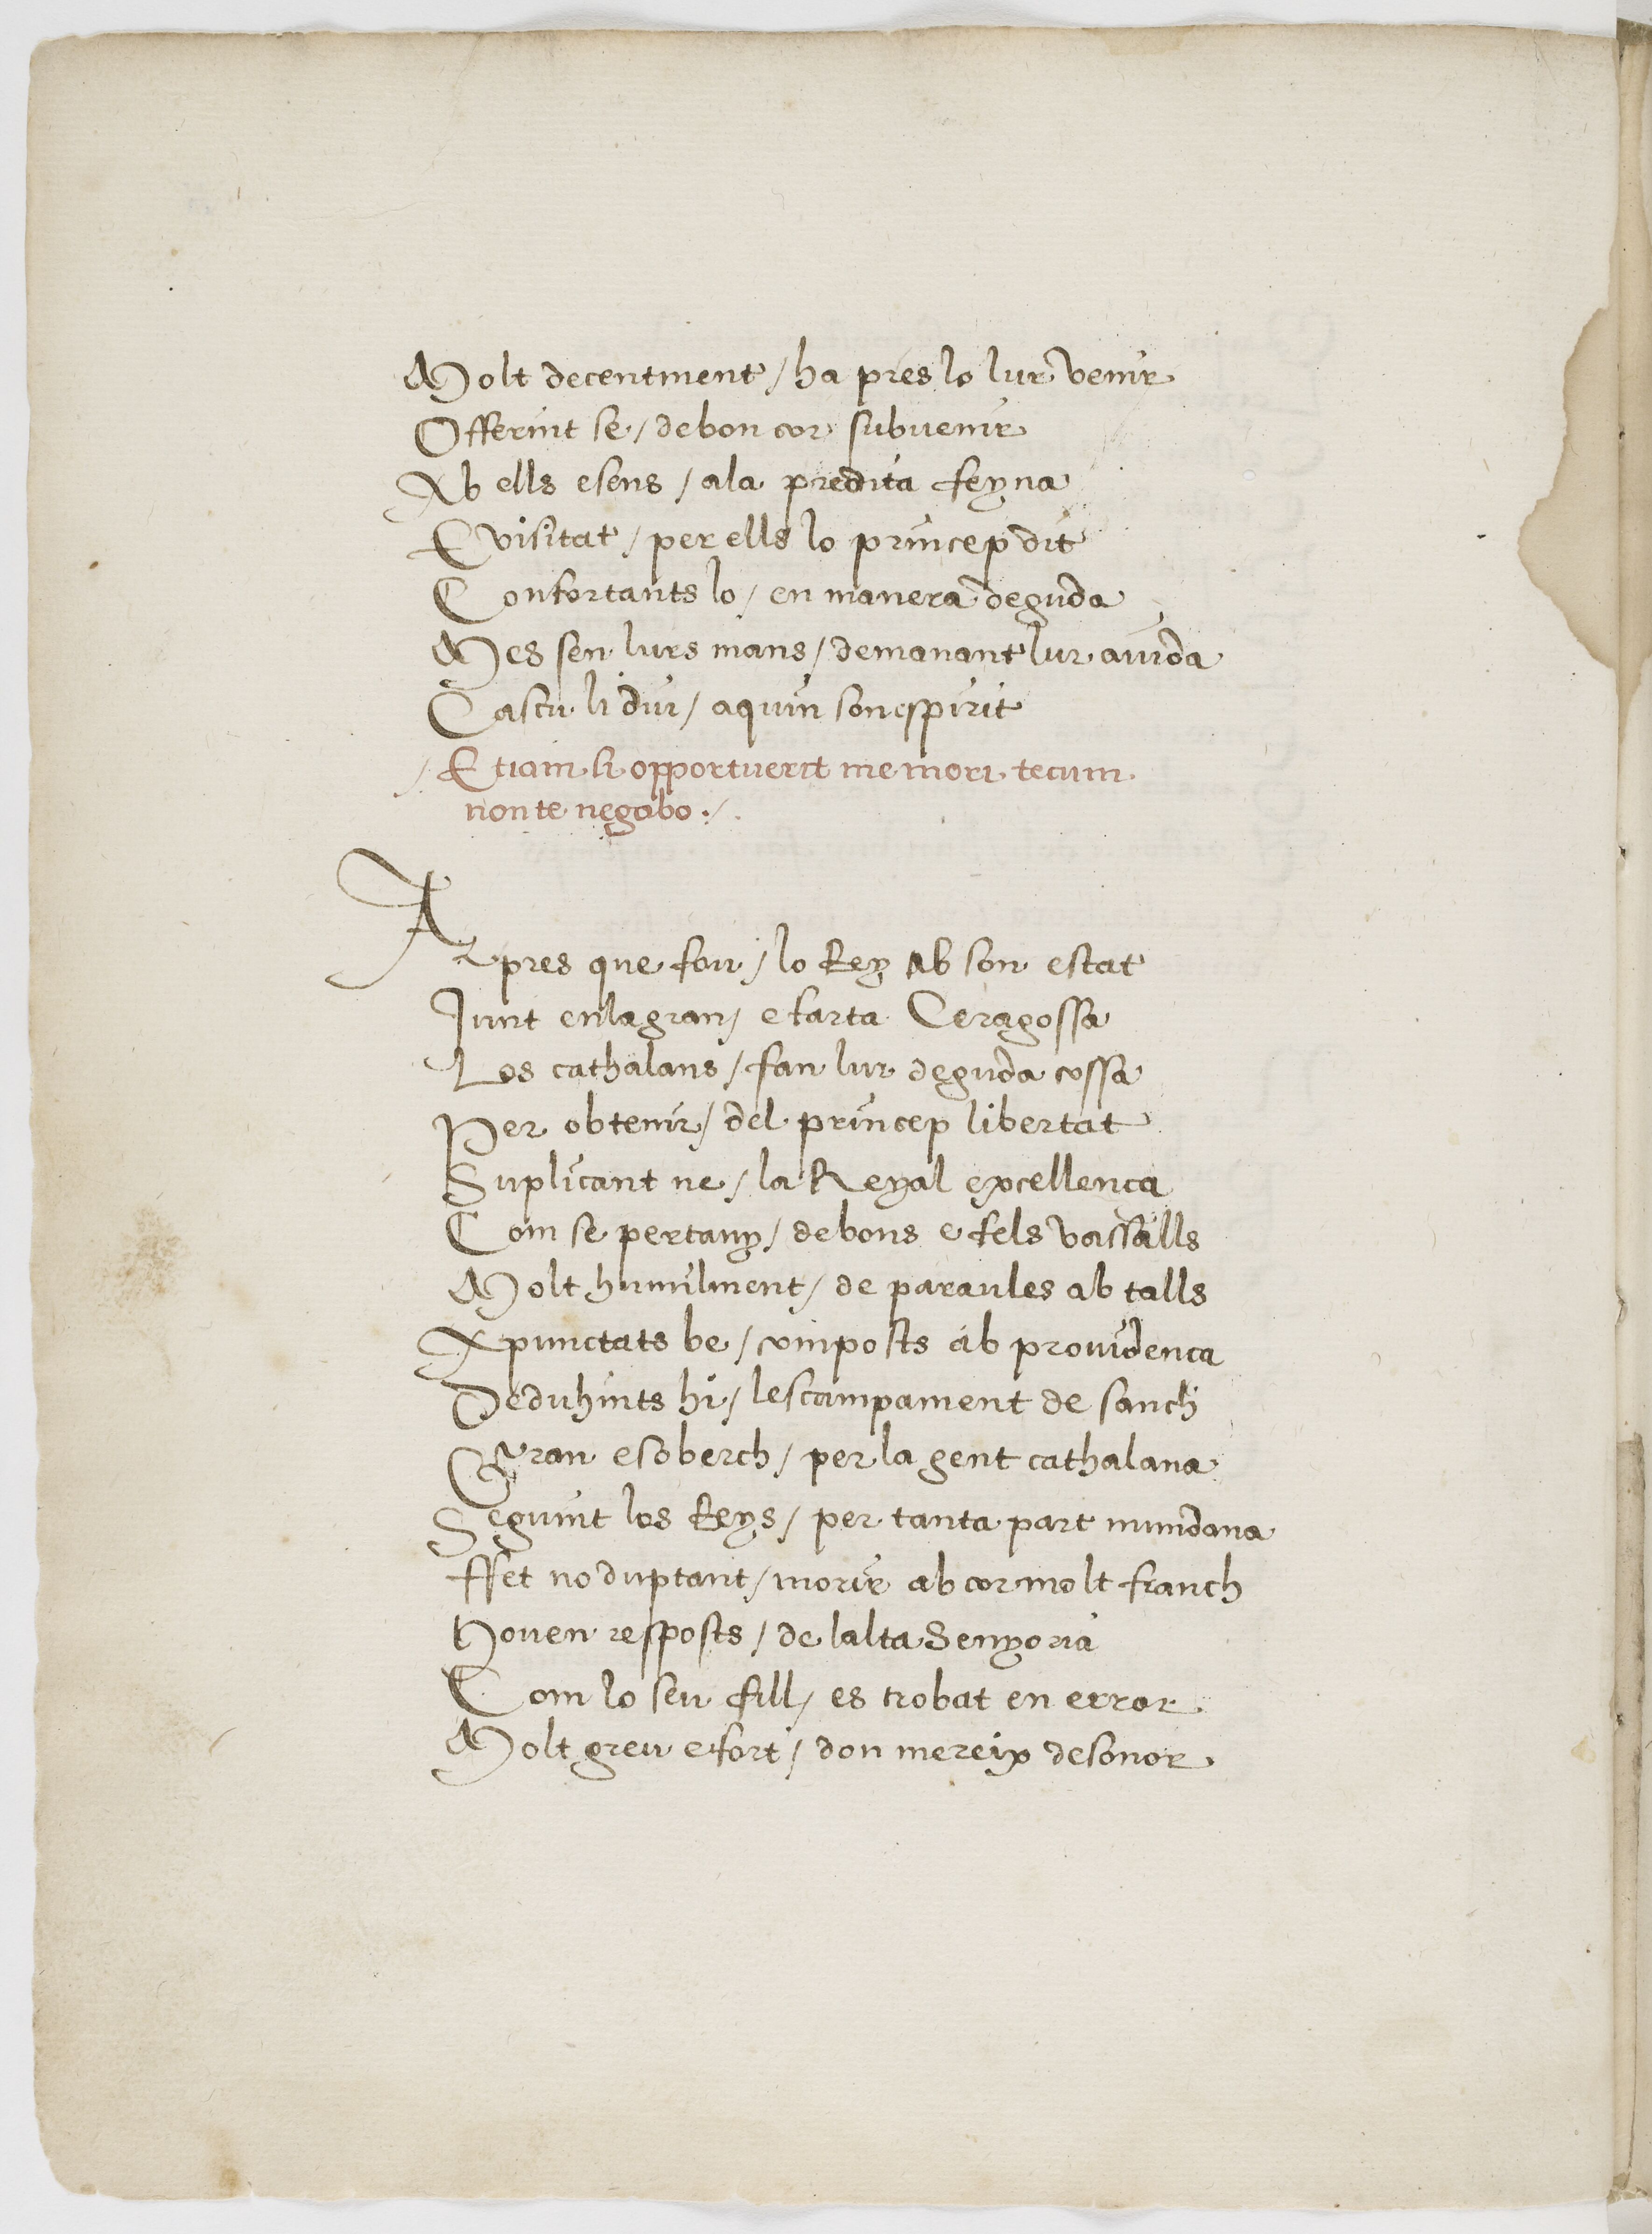
Shelfmark: Paris, BnF, esp. 225
Century: 16